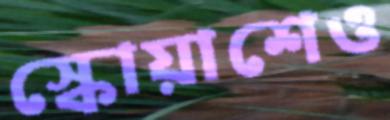
স্কোয়াশেও